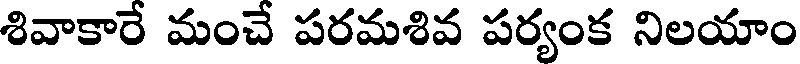
శివాకారే మంచే పరమశివ పర్యంక నిలయాం